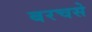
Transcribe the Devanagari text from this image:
बरचसे